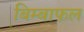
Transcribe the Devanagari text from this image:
बिम्बाफल